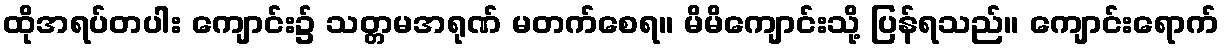
ထိုအရပ်တပါး ကျောင်း၌ သတ္တမအရုဏ် မတက်စေရ။ မိမိကျောင်းသို့ ပြန်ရသည်။ ကျောင်းရောက်